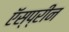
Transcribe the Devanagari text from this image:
ऍस्प्रीन